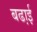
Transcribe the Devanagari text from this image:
बढा़ई